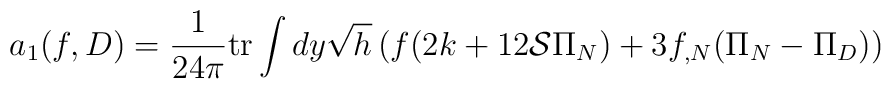
a_1(f,D)=\frac 1{24\pi}{\rm tr} \int dy \sqrt{h}\left( f(2k +12{\cal S}\Pi_N ) +3f_{,N}(\Pi_N -\Pi_D)\right)